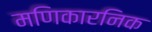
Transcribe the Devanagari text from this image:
मणिकारनिक